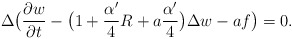
\begin{align*}\Delta\big(\frac{\partial w}{\partial t}-\big(1+\frac{\alpha'}{4}R+a\frac{\alpha'}{4}\big)\Delta w-af\big)=0.\end{align*}